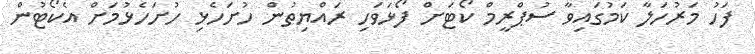
ފަހު މަރުހަލާ ކަމުގައިވާ ސުޕްރީމް ކޯޓަށް ފޯޅަވަހި ރައްޔިތުން ހުށަހެޅި ހުށަހެޅުމަށް އެކޯޓުން